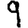
Digit: 9